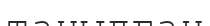
танылған